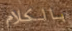
بالكلام